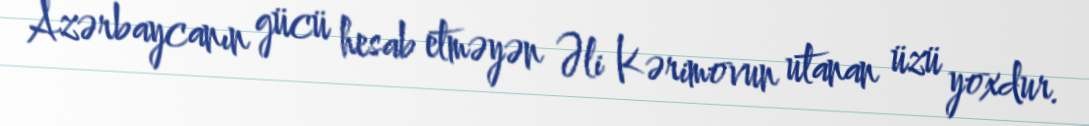
Azərbaycanın gücü hesab etməyən Əli Kərimovun utanan üzü yoxdur.